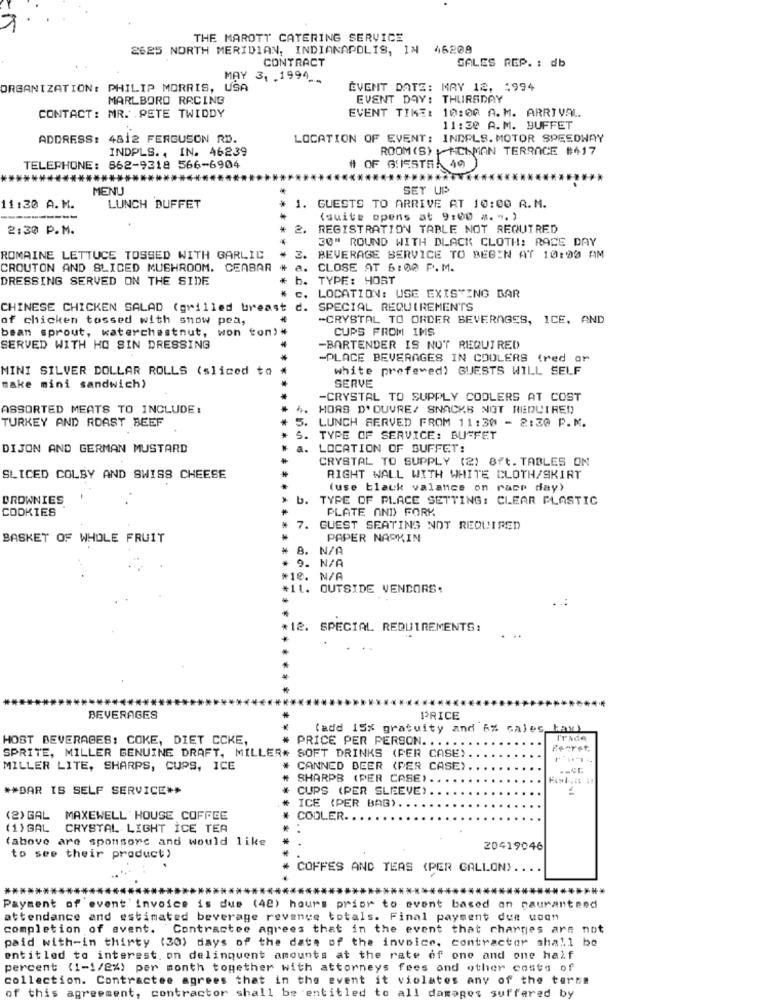
THE MAROTT CATERING SERVICE
2625 NORTH MERIDIAN, INDIANAPOLIS, IN 46208
CONTRACT
SALES REP. : db
MAY 3, . 1994 __
ORGANIZATION: PHILIP MORRIS, USA
EVENT DATE: MAY 12, 1994
MARLBORO RACING
EVENT DAY: THURSDAY
EVENT TIME: 10:00 A.M. ARRIVAL
CONTACT: MR. PETE TWIDDY
11:30 A.M. BUFFET
ADDRESS: 4812 FERGUSON RD.
LOCATION OF EVENT: INDPLS. MOTOR SPEEDWAY
INDPLS ., IN. 46239
ROOM (S) ACIMAN TERRACE #417
TELEPHONE:
862-9318 566-6904
# OF GUESTS: 40
******
*****
MENU
SET UP
1:30 A. M.
LUNCH BUFFET
1. GUESTS TO ARRIVE AT 10:00 A.M.
(suite opens at 9:00 m. ". )
2:30 P.M.
2.
REGISTRATION TABLE NOT REQUIRED
30" ROUND WITH BLACK CLOTH: RACE DAY
ROMAINE LETTUCE TOSSED WITH GARLIC
BEVERAGE SERVICE TO BEGIN AT 10:00 AM
CROUTON AND SLICED MUSHROOM. CEASAR
a.
CLOSE AT 6:00 P.M.
DRESSING SERVED ON THE SIDE
*
b.
TYPE: HORT
LOCATION: USE EXISTING BAR
CHINESE CHICKEN SALAD (grilled ures
SPECIAL REQUIREMENTS
of chicken tossed with snow pea,
-CRYSTAL TO ORDER BEVERAGES, ICE, AND
bean sprout, katerchestnut, won ton)
CUPS FROM IMS
SERVED WITH HO SIN DRESSING
-BARTENDER IS NOT REQUIRED
-PLACE BEVERAGES IN COOLERS (red ar
MINI SILVER DOLLAR ROLLS (sliced to
white prefered) GUESTS WILL SELF
make mini sandwich)
SERVE
-CRYSTAL TO SUPPLY COOLERS AT COST
ASSORTED MEATS TO INCLUDE:
HORS D' OUVRE/ SNACKS NOT REQUIRED
TURKEY AND ROAST BEEF
LUNCH SERVED FROM 11:30 - 2:30 P.M.
TYPE OF SERVICE: BUFFET
DIJON AND GERMAN MUSTARD
LOCATION OF BUFFET:
CRYSTAL TO SUPPLY (2) 8ft. TABLES ON
SLICED COLBY AND SWISS CHEESE
RIGHT WALL WITH WHITE CLOTH/SKIRT
(use black valance on race day)
BROWNIES
b. TYPE OF PLACE SETTING: CLEAR PLASTIC
COOKIES
PLATE AND FORK
7. GUEST SEATING NOT REQUIRED
BASKET OF WHOLE FRUIT
PAPER NAPKIN
. N/A
9. N/A
*10. N/A
*11. OUTSIDE VENDORS:
..:
*12. SPECIAL REQUIREMENTS:
. ..
BEVERAGES
PRICE
(add 15% gratuity and 6% cales_
HOST BEVERAGES: COKE, DIET CCKE,
ITACA
SPRITE, MILLER GENUINE DRAFT, MILLER# SOFT DRINKS (PER CASE).
PRICE PER PERSON. .....
iseret
MILLER LITE, SHARPS, CUPS, ICE
CANNED BEER (PER CASE)
SHARPS (PER CASE).
** DAR IS SELF SERVICE **
CUPS (PER SLEEVE)
ICE (PER BAB).
(2) GAL MAXEWELL' HOUSE COFFEE
COOLER.
(1) GAL CRYSTAL LIGHT ICE TEA
(above are sponsorc and would like
20419046
to see their product)
COFFES AND TEAS (PER GALLON).
Payment of event invoice is dus (42) hours prior to event based on cauranteed
attendance and estimated beverage revenue totals. Final payment due uocn
completion of event. Contractee agrees that in the event that charges are not
paid with-in thirty (30) days of the date of the invoice. contractor shall be
entitled to interest. on delinquent amounts at the rate of one and one half
percent (1-1/2%) per month together with attorneys fees and other costs of
collection. Contractee agrees that in the event it violates any of the terne
of this agree
nt.
contractor shall be entitled to all damages suffered by